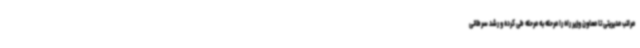
مراتب مدیریتی تا معاون وزیر راه را مرحله به مرحله طی کرده و رشد سرطانی